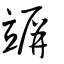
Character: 竮